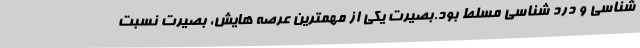
شناسی و درد شناسی مسلط بود.بصیرت یکی از مهمترین عرصه هایش، بصیرت نسبت